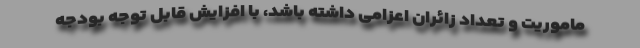
ماموریت و تعداد زائران اعزامی داشته باشد، با افزایش قابل توجه بودجه